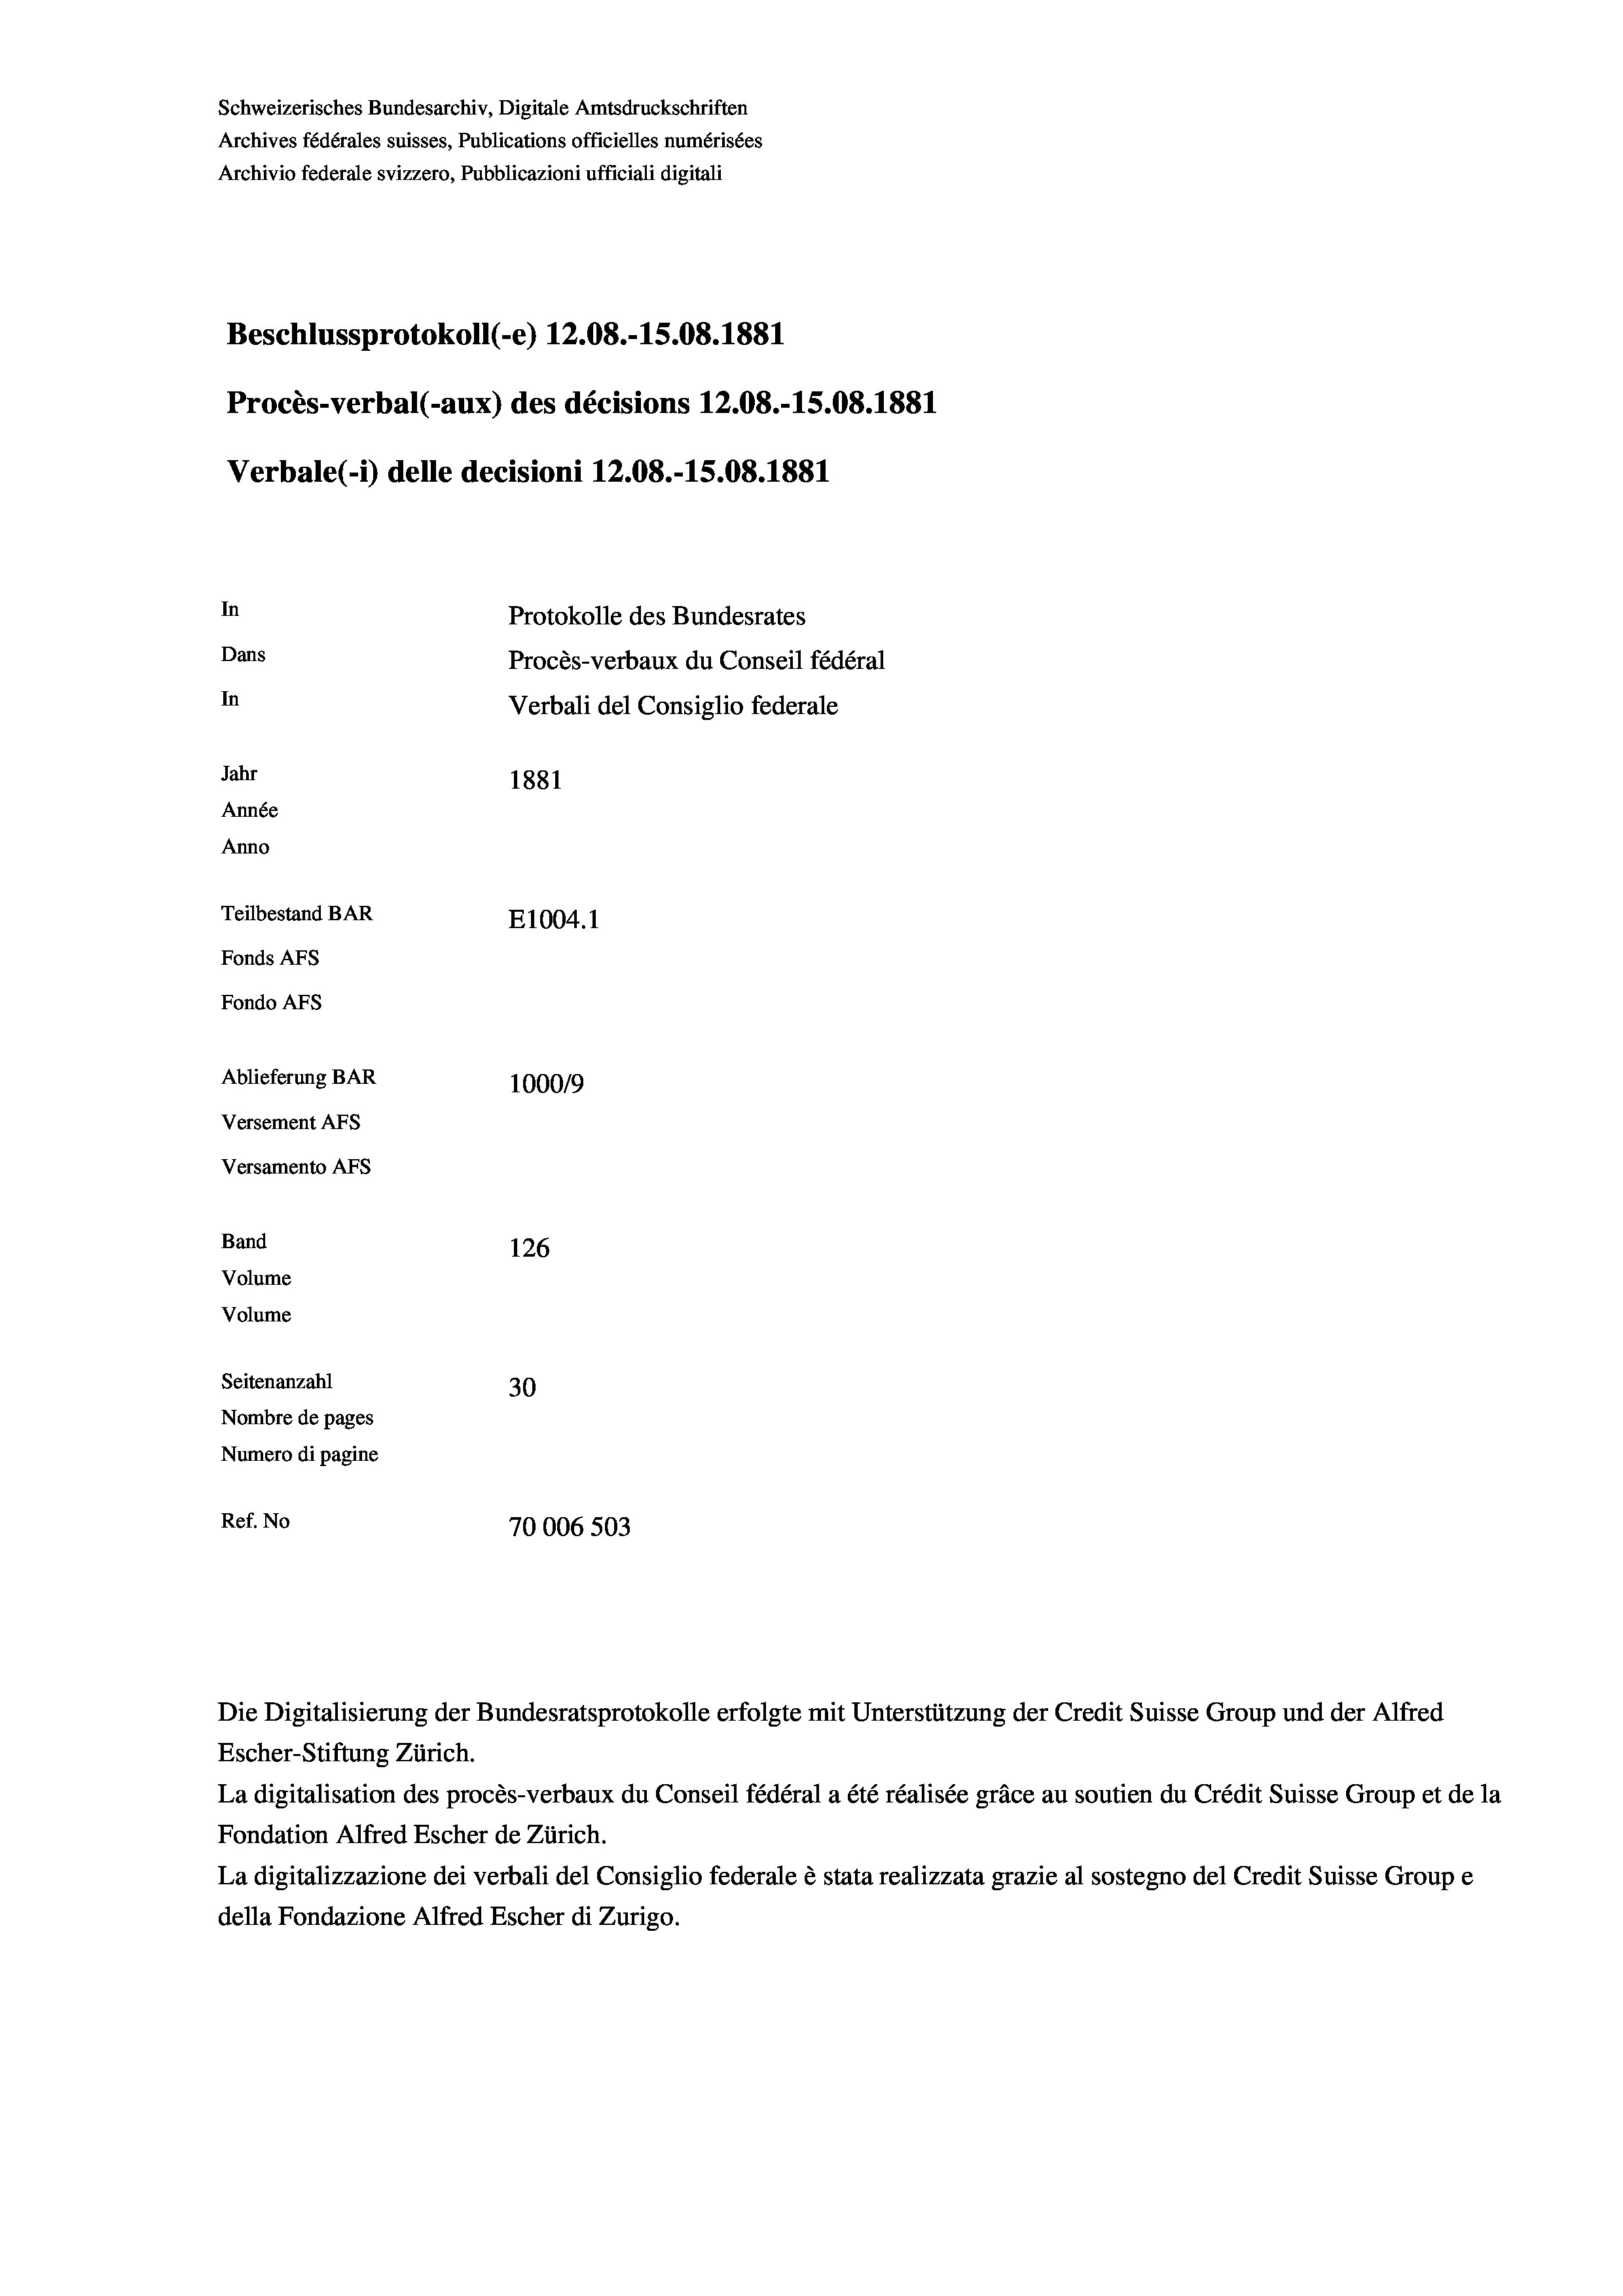
Schweizerisches Bundesarchiv, Digitale Amtsdruckschriften
Archives fédérales suisses, Publications officielles numérisées
Archivio federale svizzero, Pubblicazioni ufficiali digitali
In
Protokolle des Bundesrates
Dans
Procès-verbaux du Conseil fédéral
In
Verbali del Consiglio federale
Jahr
1881
Année
Anno
Teilbestand BAR
E1004. 1
Fonds AFs
Fondo AFS
Ablieferung BAR
100019
Versement AFs
Versamento AFs

Beschlussprotokoll (-e) 12.08.-15.08. 1881
Procès-verbal (-aux) des décisions 12.08.-15.08. 1881
Verbale(-*) delle decisioni 12.08.-15.08. 1881

Volume
Volume
Seitenanzahl
Nombre de pages
Numero di pagine
Ref. No

Band

126

30
70006 503

Die Digitalisierung der Bundesratsprotokolle erfolgte mit Unterstützung der Credit Suisse Group und der Alfred
Escher-Stiftung Zürich.
La digitalisation des procès-verbaux du Conseil fédéral a été réalisée gräce au soutien du Crédit Suisse Group et de la
Fondation Alfred Escher de Zürich.
La digitalizzazione dei verbali del Consiglio federale è stata realizzata grazie al sostegno del Credit Suisse Groupe
della Fondazione Alfred Escher di Zurigo.